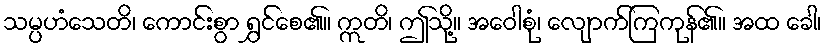
သမ္ပဟံသေတိ၊ ကောင်းစွာ ရွှင်စေ၏။ ဣတိ၊ ဤသို့။ အဝေါစုံ၊ လျောက်ကြကုန်၏။ အထ ခေါ၊